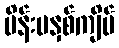
မိန်းမနှစ်ကျိပ်